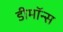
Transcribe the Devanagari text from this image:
डीमॉन्स